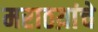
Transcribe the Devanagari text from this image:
मराठय़ांचे